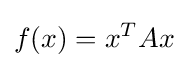
f(x)=x^{T}Ax